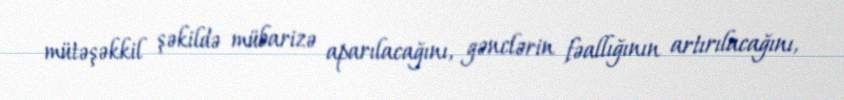
mütəşəkkil şəkildə mübarizə aparılacağını, gənclərin fəallığının artırılacağını,